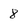
Character: 8